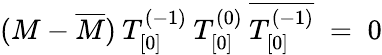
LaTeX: (M-\overline{{{M}}})\: T_{[0]}^{(-1)}\: T_{[0]}^{(0)}\: \overline{{{T_{[0]}^{(-1)}}}}\; =\; 0